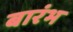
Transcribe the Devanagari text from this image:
बारंभ